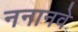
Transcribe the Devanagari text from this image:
ननानवे